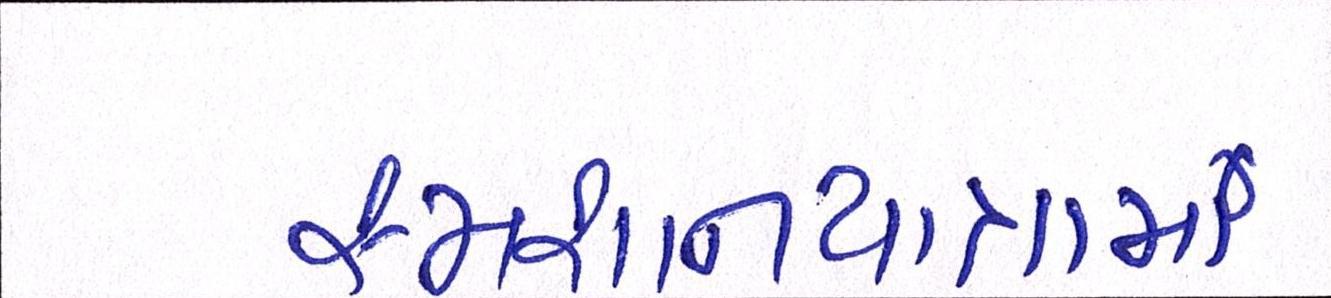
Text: સ્મશાનયાત્રામાં